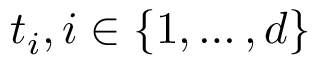
t _ { i } , i \in \{ 1 , \ldots , d \}